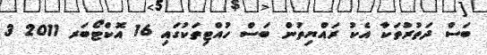
ބަސް ދަތުރުތަކާ އެކު ރައްޔިތުން ބަސް ހުއްޓިތަކުގައި 16 އޮކްޓޯބަރ 2011 3